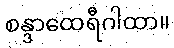
စန္ဒာထေရီဂါထာ။